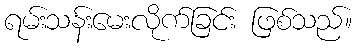
ရမ်းသန်းမေးလိုက်ခြင်း ဖြစ်သည်။